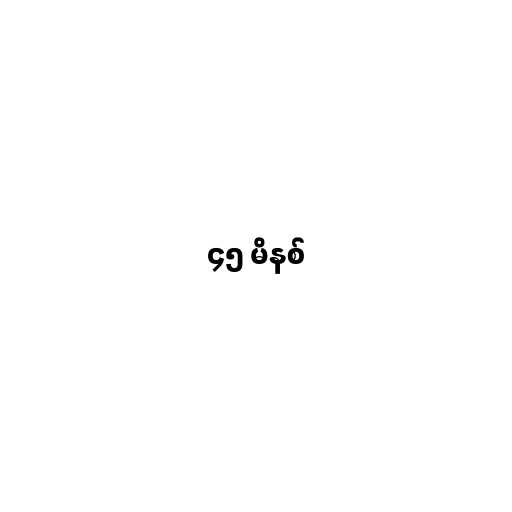
၄၅ မိနစ်